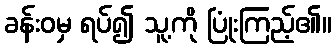
ခန်းဝမှ ရပ်၍ သူ့ကို ပြုံးကြည့်၏။